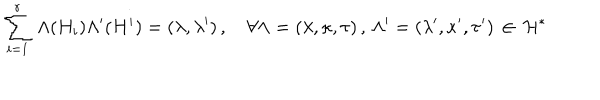
LaTeX: \sum _ { i = 1 } ^ { r } \, \Lambda ( H _ { i } ) \Lambda ^ { \prime } ( H ^ { i } ) = ( \lambda , \lambda ^ { \prime } ) \, , ~ \forall \Lambda = ( \lambda , \kappa , \tau ) \, , \, \Lambda ^ { \prime } = ( \lambda ^ { \prime } , \kappa ^ { \prime } , \tau ^ { \prime } ) \, \in \, { \cal H } ^ { * }